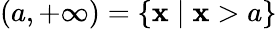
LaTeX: (a,+\infty)=\{ \mathbf{x}\mid\mathbf{x}>a\}